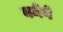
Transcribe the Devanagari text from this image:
बनेगे